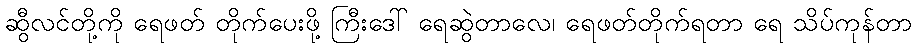
ဆွီလင်တို့ကို ရေဖတ် တိုက်ပေးဖို့ ကြီးဒေါ် ရေဆွဲတာလေ၊ ရေဖတ်တိုက်ရတာ ရေ သိပ်ကုန်တာ